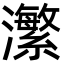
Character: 瀿